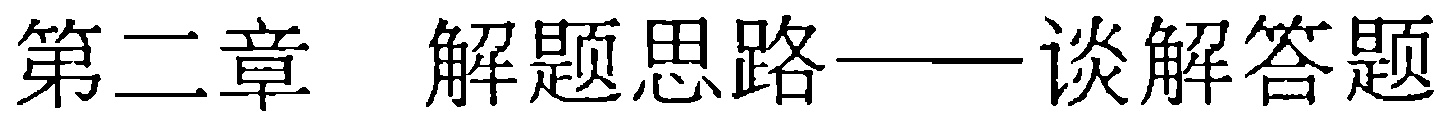
第二章 解题思路——谈解答题